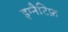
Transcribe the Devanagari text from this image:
इग्नैटिफ़